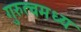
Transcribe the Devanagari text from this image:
गुरुत्वमध्य